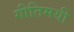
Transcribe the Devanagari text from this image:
गीतिमयी